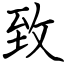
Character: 𦤶